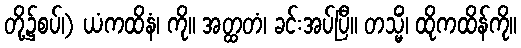
တို့၌စပ်၊) ယံကထိနံ၊ ကို။ အတ္ထတံ၊ ခင်းအပ်ပြီ။ တသ္မိံ၊ ထိုကထိန်ကို။